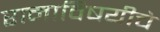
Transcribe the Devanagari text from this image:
रानाविषयीचे